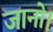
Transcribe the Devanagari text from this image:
जानो।